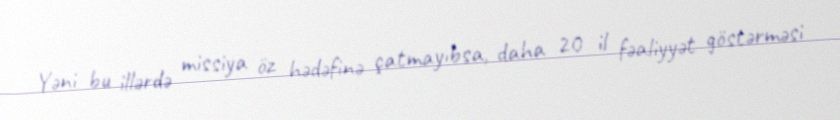
Yəni bu illərdə missiya öz hədəfinə çatmayıbsa, daha 20 il fəaliyyət göstərməsi